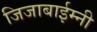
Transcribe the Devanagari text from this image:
जिजाबाईम्नी